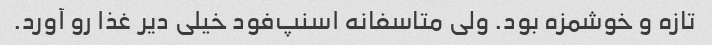
تازه و خوشمزه بود. ولی متاسفانه اسنپ‌فود خیلی دیر غذا رو آورد.